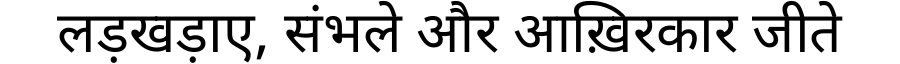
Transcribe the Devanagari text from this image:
लड़खड़ाए, संभले और आख़िरकार जीते